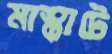
মাস্কাটে